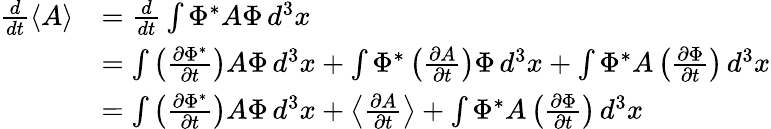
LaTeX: {\begin{array}{rl}{{\frac{d}{dt}}\langle A\rangle}&{={\frac{d}{dt}}\int\Phi^{*}A\Phi\, d^{3}x}\\ &{=\int\left({\frac{\partial\Phi^{*}}{\partial t}}\right)A\Phi\, d^{3}x+\int\Phi^{*}\left({\frac{\partial A}{\partial t}}\right)\Phi\, d^{3}x+\int\Phi^{*}A\left({\frac{\partial\Phi}{\partial t}}\right)\, d^{3}x}\\ &{=\int\left({\frac{\partial\Phi^{*}}{\partial t}}\right)A\Phi\, d^{3}x+\left\langle{\frac{\partial A}{\partial t}}\right\rangle+\int\Phi^{*}A\left({\frac{\partial\Phi}{\partial t}}\right)\, d^{3}x}\end{array}}